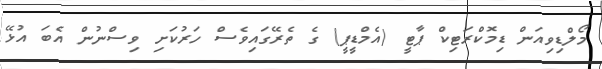
މޯލްޑިވިއަން ޑިމޮކްރަޓިކް ޕާޓީ (އެމްޑީޕީ) ގެ ތެރޭގައިވެސް ހަރުކަށި ވިސްނުން އެބަ އުޅޭ